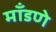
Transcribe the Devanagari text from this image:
माँडणे